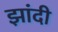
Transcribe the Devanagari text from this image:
झांदी